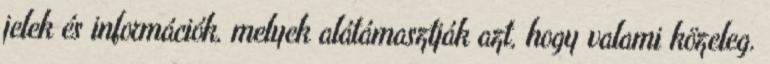
jelek és információk, melyek alátámasztják azt, hogy valami közeleg.